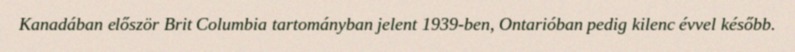
Kanadában először Brit Columbia tartományban jelent 1939-ben, Ontarióban pedig kilenc évvel később.